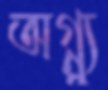
অগ্ন্যু